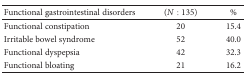
| Functional gastrointestinal disorders | (N : 135) | % |
 | --- | --- | --- |
 | Functional constipation | 20 | 15.4 |
 | Irritable bowel syndrome | 52 | 40.0 |
 | Functional dyspepsia | 42 | 32.3 |
 | Functional bloating | 21 | 16.2 |